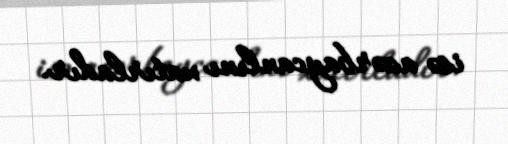
isə azərbaycanlını xatırladır.